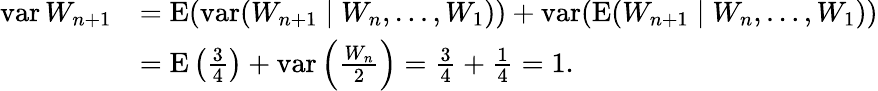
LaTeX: \begin{array}{rl}{\operatorname{var}W_{n+1}}&{=\operatorname{E}(\operatorname{var}(W_{n+1}\mid W_{n},\ldots,W_{1}))+\operatorname{var}(\operatorname{E}(W_{n+1}\mid W_{n},\ldots,W_{1}))}\\ &{=\operatorname{E}\left(\frac 34\right)+\operatorname{var}\left(\frac{W_{n}}2\right)=\frac 34+\frac 14=1.}\end{array}